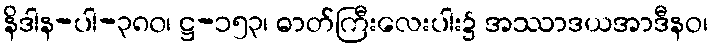
နိဒါန-ပါ-၃၈၀၊ ဋ္ဌ-၁၅၃၊ ဓာတ်ကြီးလေးပါး၌ အဿာဒယအာဒီနဝ၊